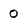
Character: 0